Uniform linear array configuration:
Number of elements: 8
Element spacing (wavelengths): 0.5
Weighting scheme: hamming
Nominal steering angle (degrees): -15
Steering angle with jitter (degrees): -14.656
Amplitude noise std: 0.05
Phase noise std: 0.05

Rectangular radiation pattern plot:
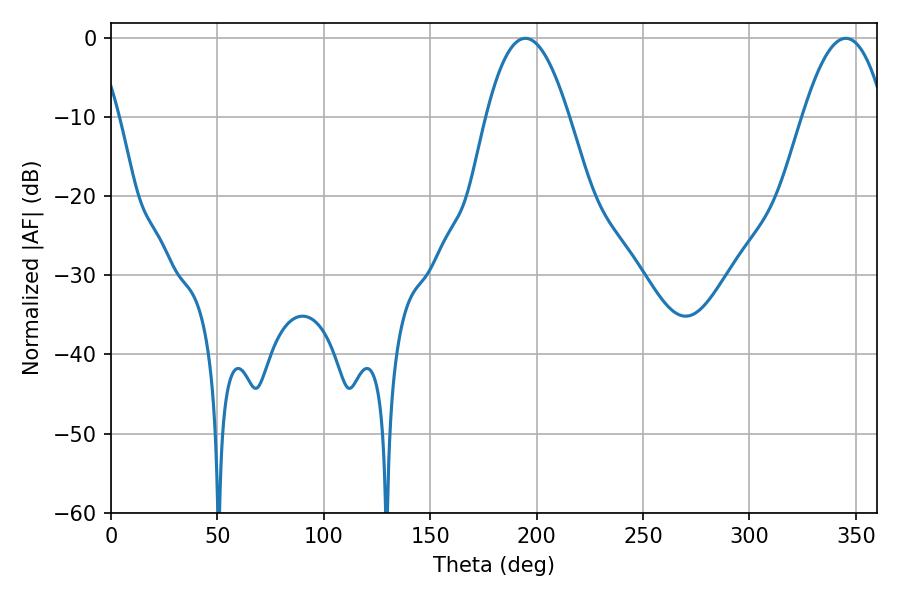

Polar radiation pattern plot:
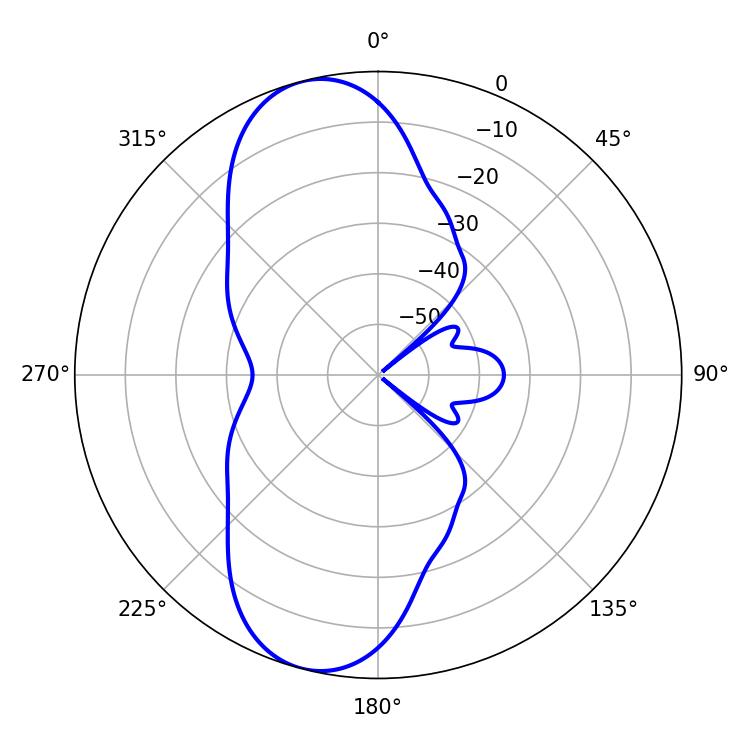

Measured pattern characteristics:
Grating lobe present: FALSE
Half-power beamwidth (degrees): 21.24
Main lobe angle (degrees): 194.76